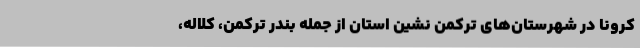
کرونا در شهرستان‌های ترکمن نشین استان از جمله بندر ترکمن، کلاله،